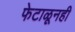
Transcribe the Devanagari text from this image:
फेटाळूनही